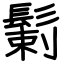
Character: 鬎